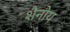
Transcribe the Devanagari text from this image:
शैनोय